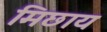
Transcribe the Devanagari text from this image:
मिछाय